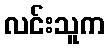
လင်းသူက